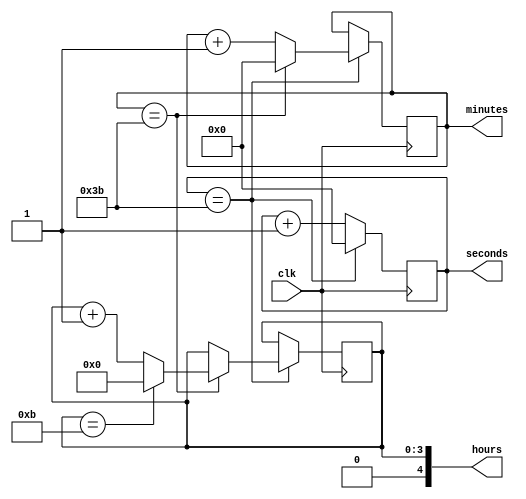
module binary_clock_divider (
    input wire clk,
    output reg [4:0] hours,
    output reg [5:0] minutes,
    output reg [5:0] seconds
);

reg [3:0] hour_counter = 4'b0000;
reg [5:0] minute_counter = 6'b000000;
reg [5:0] second_counter = 6'b000000;

always @(posedge clk) begin
    // Clock divider logic for seconds
    if (second_counter == 6'd59) begin
        second_counter <= 6'b000000;
        
        // Clock divider logic for minutes
        if (minute_counter == 6'd59) begin
            minute_counter <= 6'b000000;
            
            // Clock divider logic for hours
            if (hour_counter == 4'd11)
                hour_counter <= 4'b0000;
            else
                hour_counter <= hour_counter + 1;
        end
        else
            minute_counter <= minute_counter + 1;
    end
    else
        second_counter <= second_counter + 1;
end

assign hours = hour_counter;
assign minutes = minute_counter;
assign seconds = second_counter;

endmodule